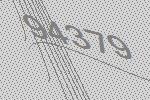
94379